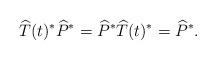
LaTeX: \begin{align*} \widehat{T}(t)^*\widehat{P}^* = \widehat{P}^*\widehat{T}(t)^* = \widehat{P}^*. \end{align*}